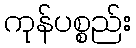
ကုန်ပစ္စည်း